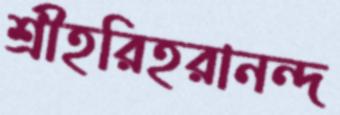
শ্রীহরিহরানন্দ